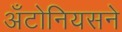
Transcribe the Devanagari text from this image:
अँटोनियसने